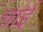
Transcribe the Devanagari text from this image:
नांई